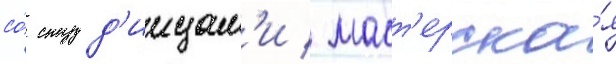
со́ студ'иицам'и / маст'ерска́я